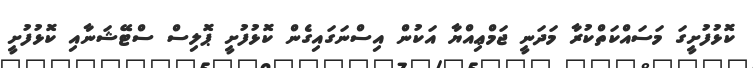
ކޮޅުފުށީގަ މަސައްކަތްކުރާ މަދަނީ ޖަމްޢިއްޔާ އަކުން އިސްނަގައިގެން ކޮޅުފުށީ ޕޮލިސް ސްޓޭޝަނާއި ކޮޅުފުށީ